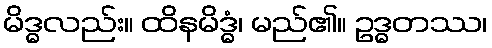
မိဒ္ဓလည်း။ ထိနမိဒ္ဓံ၊ မည်၏။ ဥဒ္ဓတဿ၊